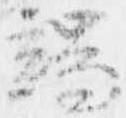
端